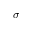
\sigma